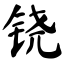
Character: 铙